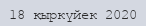
18 қыркүйек 2020